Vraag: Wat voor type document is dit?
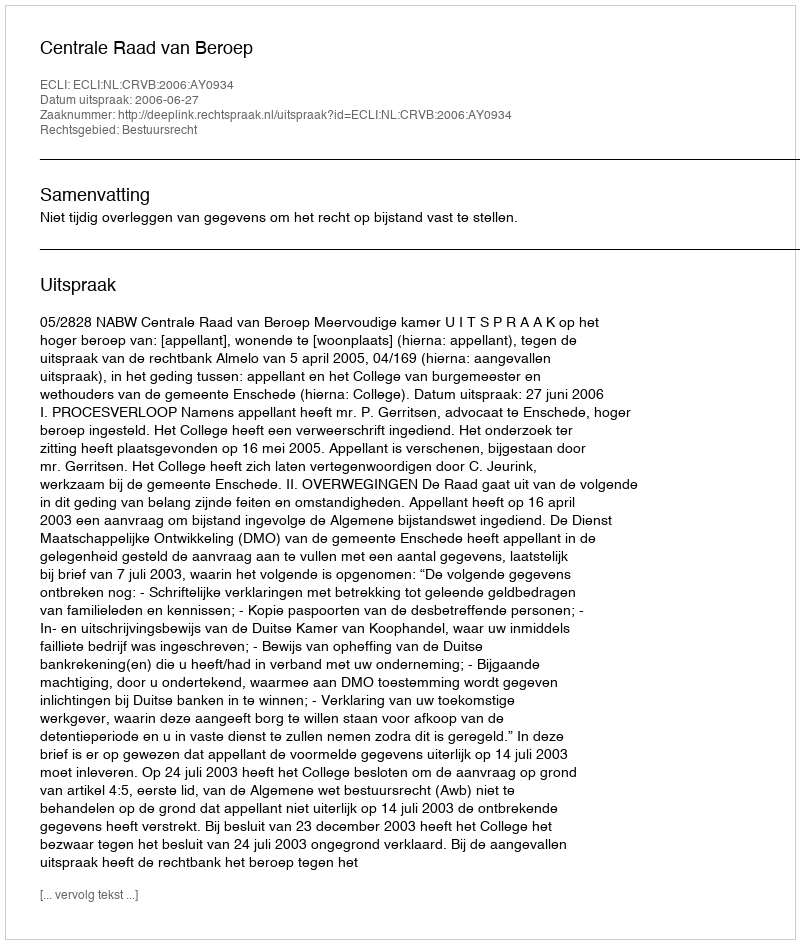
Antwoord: Uitspraak